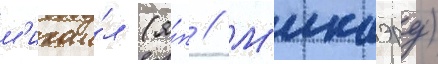
м'ихаи́л (я́п // М'икаэру)